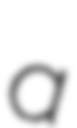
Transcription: a